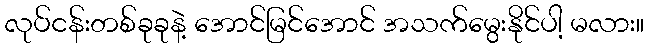
လုပ်ငန်းတစ်ခုခုနဲ့ အောင်မြင်အောင် အသက်မွေးနိုင်ပါ့ မလား။